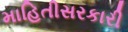
માહિતીસરકારી